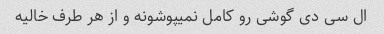
ال سی دی گوشی رو کامل نمیپوشونه و از هر طرف خالیه